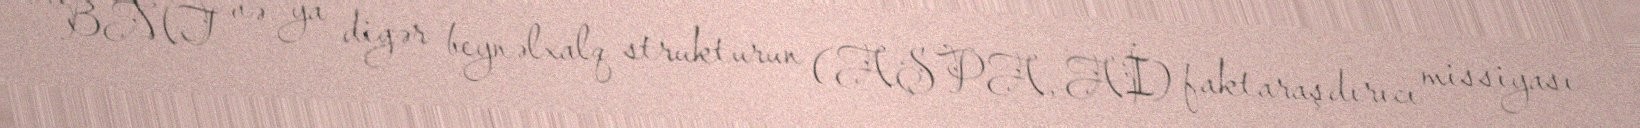
BMT və ya digər beynəlxalq strukturun (AŞPA, Aİ) faktaraşdırıcı missiyası